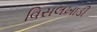
વિસલખાડી